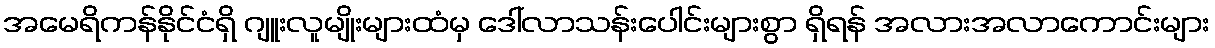
အမေရိကန်နိုင်ငံရှိ ဂျူးလူမျိုးများထံမှ ဒေါ်လာသန်းပေါင်းများစွာ ရှိရန် အလားအလာကောင်းများ